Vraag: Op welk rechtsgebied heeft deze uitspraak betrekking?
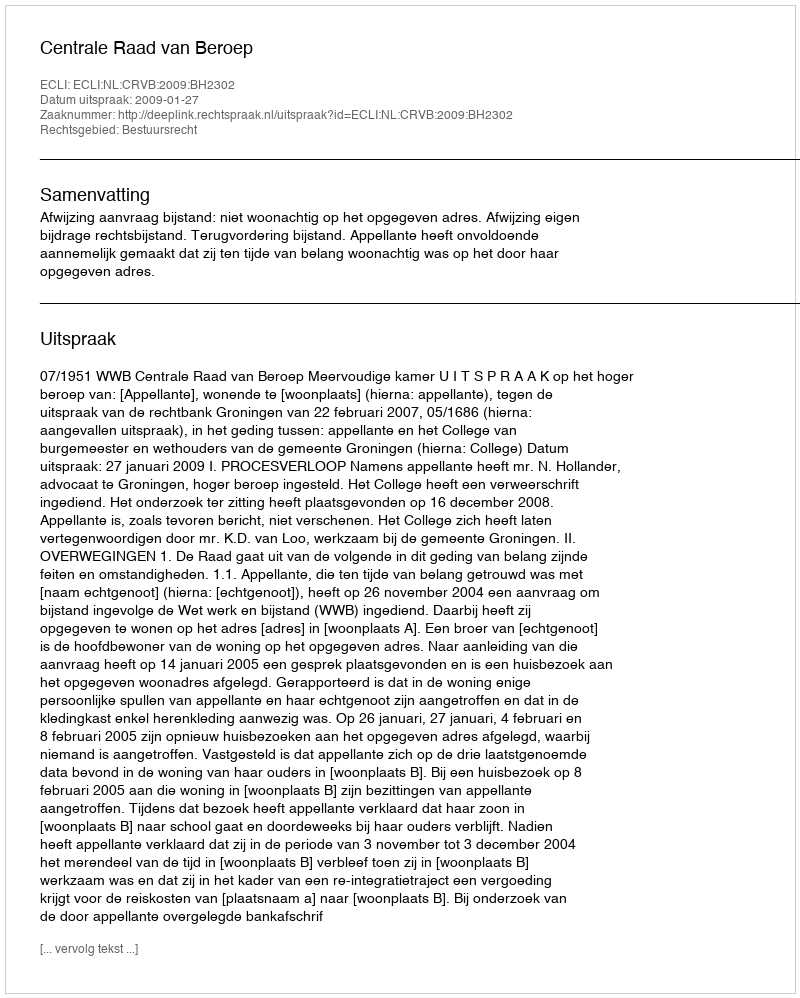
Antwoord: Bestuursrecht